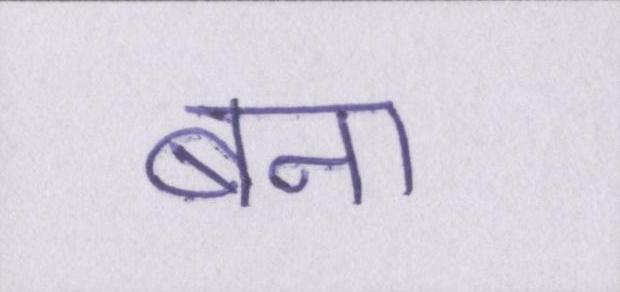
बना।